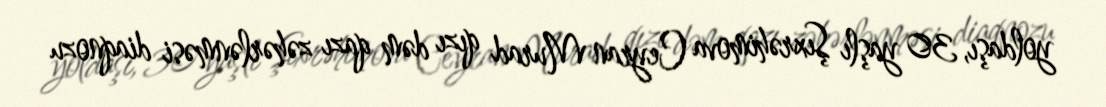
yoldaşı, 30 yaşlı Şıxrəhimova Ceyran Murad qızı dəm qazı zəhərlənməsi diaqnozu